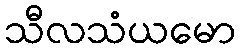
သီလသံယမော